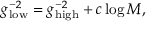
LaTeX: g _ { \mathrm { l o w } } ^ { - 2 } = g _ { \mathrm { h i g h } } ^ { - 2 } + c \log M ,